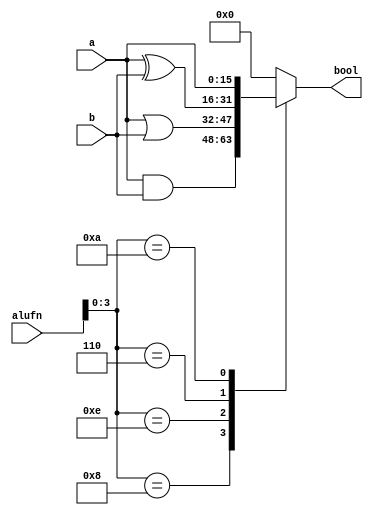
module boole_5 (
    input [5:0] alufn,
    input [15:0] a,
    input [15:0] b,
    output reg [15:0] bool
  );
  
  
  
  always @* begin
    
    case (alufn[0+3-:4])
      4'h8: begin
        bool = a & b;
      end
      4'he: begin
        bool = a | b;
      end
      4'h6: begin
        bool = a ^ b;
      end
      4'ha: begin
        bool = a;
      end
      default: begin
        bool = 16'h0000;
      end
    endcase
  end
endmodule